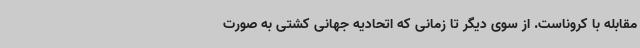
مقابله با کروناست. از سوی دیگر تا زمانی که اتحادیه جهانی کشتی به صورت